Insane asylums in Bengal annual reports 1876-1887 - 1876-1887
Year: 1876
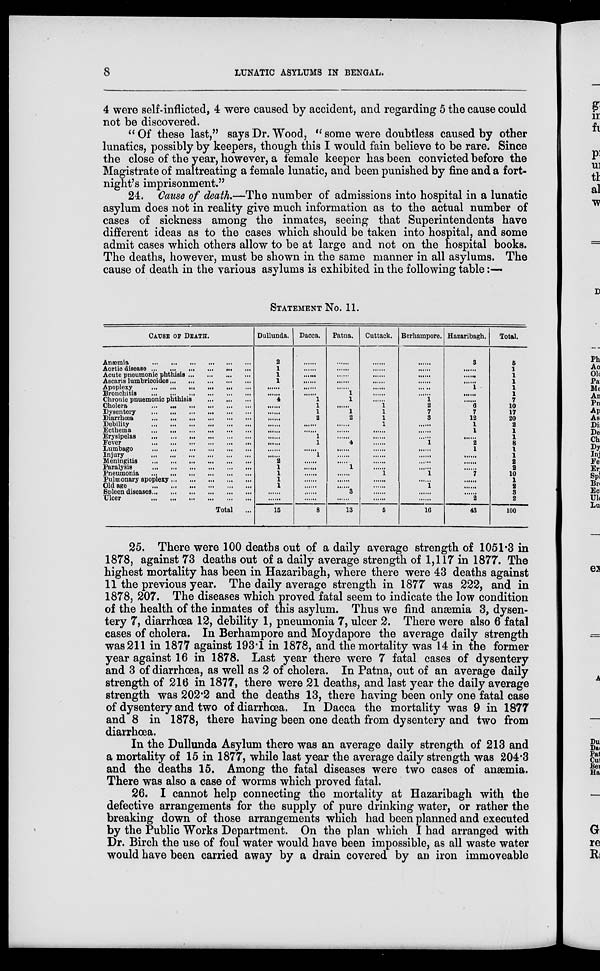
8
LUNATIC ASYLUMS IN BENGAL.
4 were self-inflicted, 4 were caused by accident, and regarding 5 the cause could
not be discovered.
“ Of these last,” says Dr. Wood, “ some were doubtless caused by other
lunatics, possibly by keepers, though this I would fain believe to be rare. Since
the close of the year, however, a female keeper has been convicted before the
Magistrate of maltreating a female lunatic, and been punished by fine and a fort-
night's imprisonment.”
24. Cause of death.—The number of admissions into hospital in a lunatic
asylum does not in reality give much information as to the actual number of
cases of sickness among the inmates, seeing that Superintendents have
different ideas as to the cases which should be taken into hospital, and some
admit cases which others allow to be at large and not on the hospital books.
The deaths, however, must be shown in the same manner in all asylums. The
cause of death in the various asylums is exhibited in the following table :—
STATEMENT No. 11.
CAUSE OF DEATH.
Anæmia
...
...
...
...
...
...
Aortic disease ...
...
...
...
...
...
Acute pneumonic phthisis...
...
...
...
Ascaris lumbricoides ... ... ... ...
Apoplexy
...
...
...
...
...
...
Bronchitis
...
...
...
...
...
...
Chronic pnuemonic phthisis
...
...
...
Cholera
...
...
...
...
...
...
Dysentery
...
...
...
...
...
...
Diarrhœa
...
...
...
...
...
...
Debility
...
...
...
...
...
...
Ecthema
...
...
...
...
...
...
Erysipelas
...
...
...
...
...
...
Fever
...
...
...
...
...
...
Lumbago
...
...
...
...
...
...
Injury
...
...
...
...
...
...
Meningitis
...
...
...
...
...
...
Paralysis
...
...
...
...
...
...
Pneumonia
...
...
...
...
...
...
Pulmonary apoplexy ... ... ... ...
Old age
...
...
...
...
...
...
Spleen diseases ... ... ... ... ... ...
Ulcer
...
...
...
...
...
...
Total ...
Dullunda.
2
1
1
1
......
......
4
......
......
......
......
......
......
......
......
......
2
1
1
1
1
......
......
15
Dacca.
......
......
......
......
......
......
1
1
1
2
......
......
1
1
......
1
......
......
......
......
......
......
......
8
Patna.
......
......
......
......
......
1
1
......
1
2
......
......
......
4
......
......
......
1
......
......
......
3
......
13
Cuttack.
......
......
......
......
......
......
......
1
1
1
1
......
......
......
......
......
......
......
1
......
......
......
......
5
Berhampore.
......
......
......
......
......
......
1
2
7
3
......
......
......
1
......
......
......
......
1
......
1
......
......
16
Hazaribagh.
3
......
......
......
1
......
......
6
7
12
1
1
......
2
1
......
......
......
7
......
......
......
2
43
Total.
5
1
1
1
1
1
7
10
17
20
2
1
1
8
1
1
2
2
10
1
2
3
2
100
25. There were 100 deaths out of a daily average strength of 1051.3 in
1878, against 73 deaths out of a daily average strength of 1,117 in 1877. The
highest mortality has been in Hazaribagh, where there were 43 deaths against
11 the previous year. The daily average strength in 1877 was 222, and in
1878, 207. The diseases which proved fatal seem to indicate the low condition
of the health of the inmates of this asylum. Thus we find anæmia 3, dysen-
tery 7, diarrhœa 12, debility 1, pneumonia 7, ulcer 2. There were also 6 fatal
cases of cholera. In Berhampore and Moydapore the average daily strength
was 211 in 1877 against 193.1 in 1878, and the mortality was 14 in the former
year against 16 in 1878. Last year there were 7 fatal cases of dysentery
and 3 of diarrhœa, as well as 2 of cholera. In Patna, out of an average daily
strength of 216 in 1877, there were 21 deaths, and last year the daily average
strength was 202.2 and the deaths 13, there having been only one fatal case
of dysentery and two of diarrhœa. In Dacca the mortality was 9 in 1877
and 8 in 1878, there having been one death from dysentery and two from
diarrhœa.
In the Dullunda Asylum there was an average daily strength of 213 and
a mortality of 15 in 1877, while last year the average daily strength was 204.3
and the deaths 15. Among the fatal diseases were two cases of anæmia.
There was also a case of worms which proved fatal.
26. I cannot help connecting the mortality at Hazaribagh with the
defective arrangements for the supply of pure drinking water, or rather the
breaking down of those arrangements which had been planned and executed
by the Public Works Department. On the plan which I had arranged with
Dr. Birch the use of foul water would have been impossible, as all waste water
would have been carried away by a drain covered by an iron immoveable